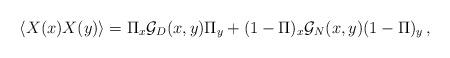
LaTeX: \begin{align*}\langle X (x) X(y) \rangle = \Pi_x {\cal G}_D(x,y) \Pi_y+(1-\Pi )_x {\cal G}_N(x,y) (1-\Pi )_y \,, \end{align*}